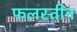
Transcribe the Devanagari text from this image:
फलस्तीन